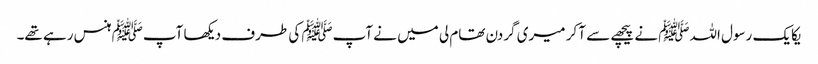
یکایک رسول اللہﷺ نے پیچھے سے آ کر میری گردن تھام لی میں نے آپﷺ کی طرف دیکھا آپﷺ ہنس رہے تھے۔